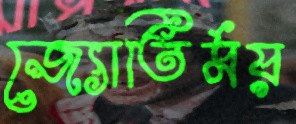
জ্যোতির্ময়